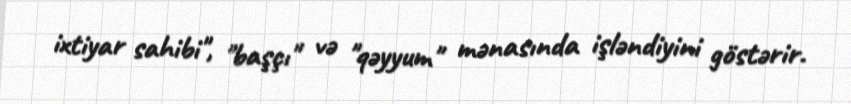
ixtiyar sahibi", "başçı" və "qəyyum" mənasında işləndiyini göstərir.